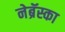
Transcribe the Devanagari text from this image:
नेब्रॅस्का